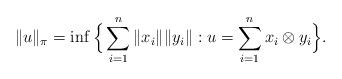
LaTeX: \begin{align*}\|u\|_\pi = \inf \Big\{ \sum _{i=1}^{n} \|x_i \| \|y_i\| :u= \sum _{i=1}^{n} x_i \otimes y_i \Big\}.\end{align*}